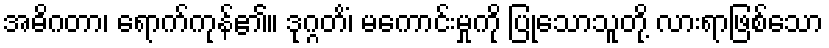
အဓိဂတာ၊ ရောက်ကုန်၏။ ဒုဂ္ဂတိံ၊ မကောင်းမှုကို ပြုသောသူတို့ လားရာဖြစ်သော